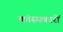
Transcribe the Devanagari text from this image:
कांस्यकारों